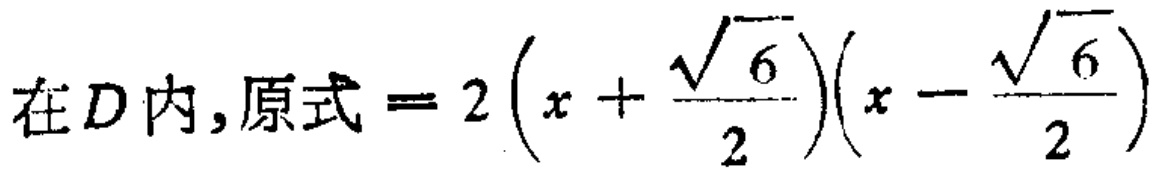
在\(D\)内,原式\( = 2\left(x + \frac{\sqrt{6}}{2}\right)\left(x - \frac{\sqrt{6}}{2}\right)\)